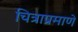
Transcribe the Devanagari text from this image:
चित्राप्रमाणे